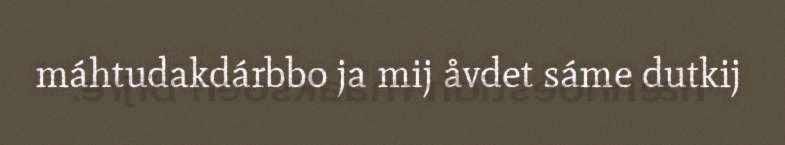
máhtudakdárbbo ja mij åvdet sáme dutkij